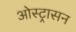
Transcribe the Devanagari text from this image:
ओस्ट्रासन